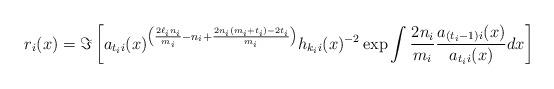
LaTeX: \begin{align*}r_i(x) = \Im\left[a_{t_ii}(x)^{\left(\frac{2\ell_in_i}{m_i}-n_i + \frac{2n_i(m_i+t_i)-2t_i}{m_i}\right)}h_{k_ii}(x)^{-2}\exp\int \frac{2n_i}{m_i}\frac{a_{(t_i-1)i}(x)}{a_{t_ii}(x)}dx\right]\end{align*}